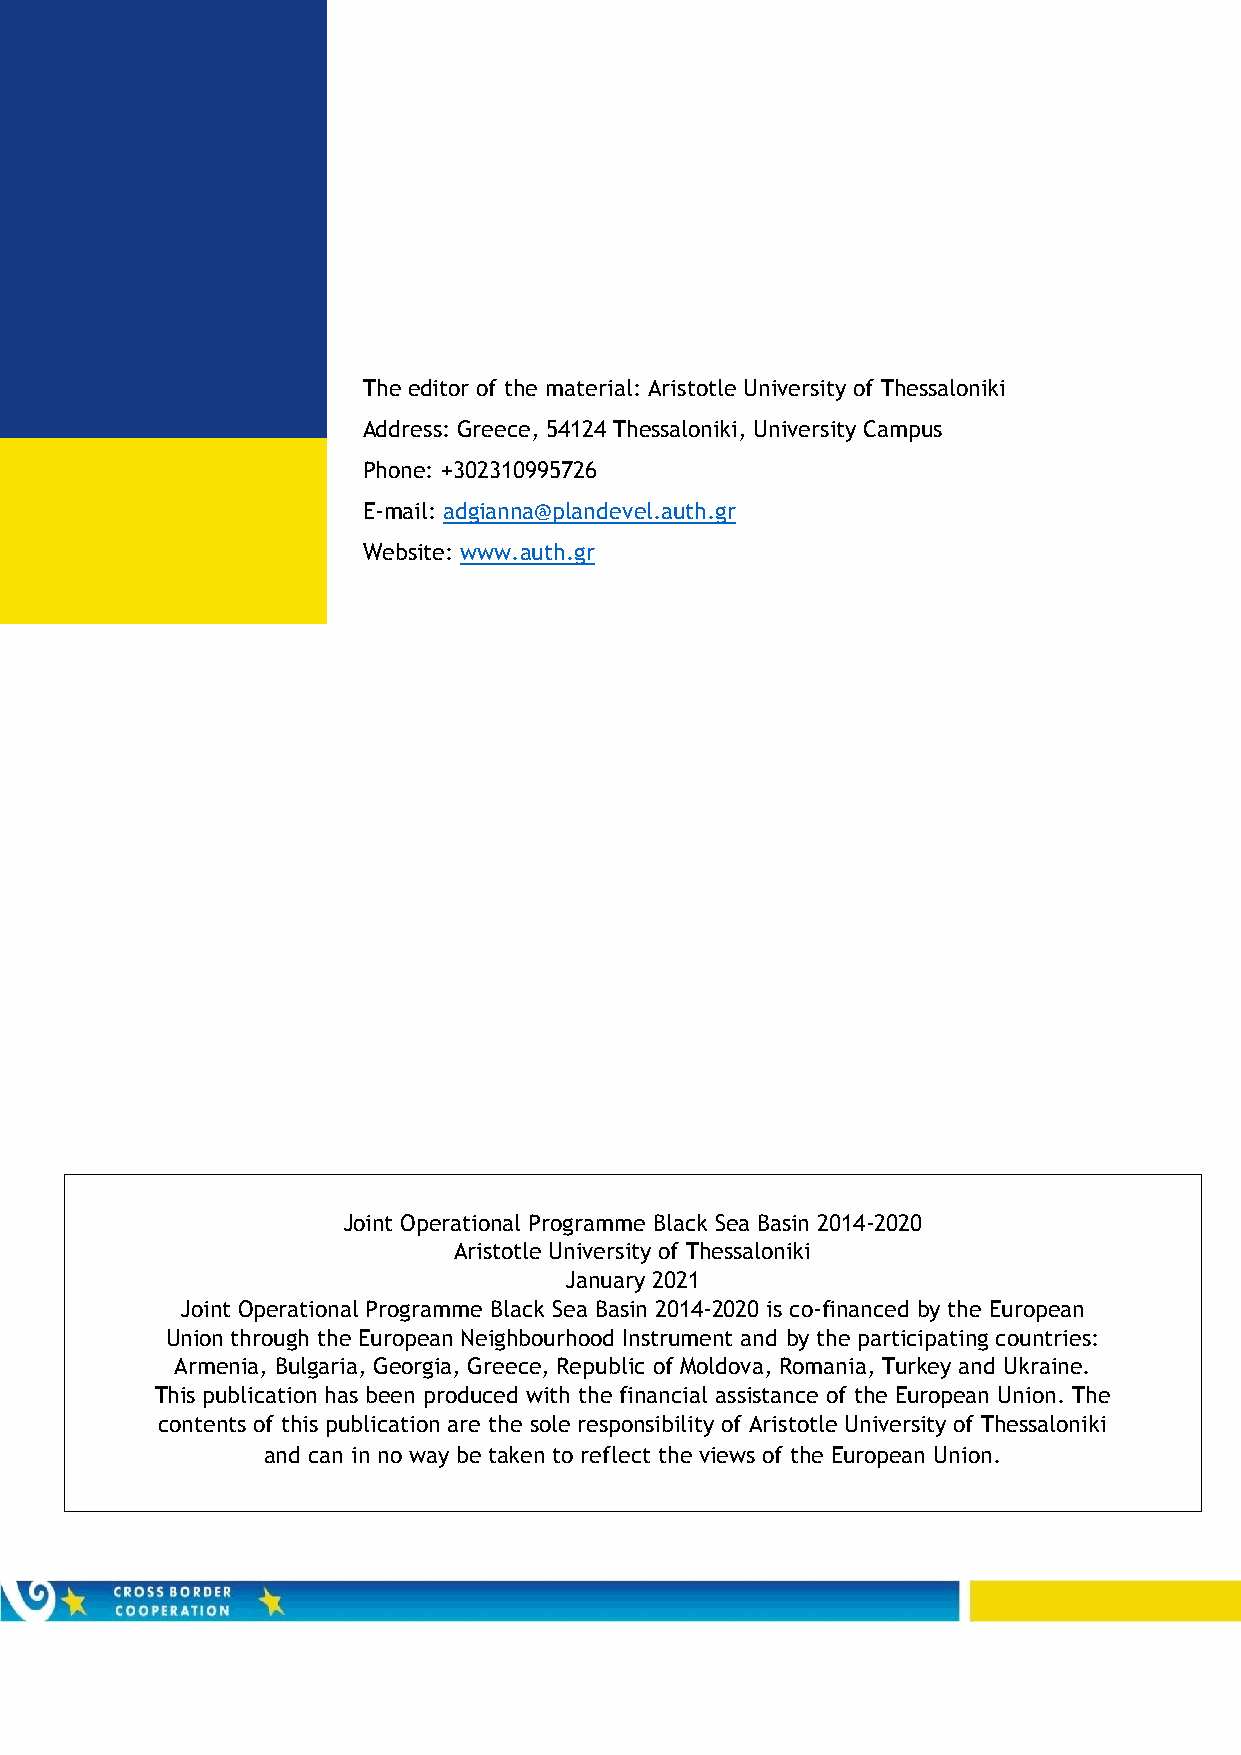
The editor of the material: Aristotle University of Thessaloniki
 Address: Greece, 54124 Thessaloniki, University Campus
 Phone: +302310995726
 E-mail: adgianna@plandevel.auth.gr
 Website: www.auth.gr
 Joint Operational Programme Black Sea Basin 2014-2020
 Aristotle University of Thessaloniki
 January 2021
 Joint Operational Programme Black Sea Basin 2014-2020 is co-financed by the European
 Union through the European Neighbourhood Instrument and by the participating countries:
 Armenia, Bulgaria, Georgia, Greece, Republic of Moldova, Romania, Turkey and Ukraine.
 This publication has been produced with the financial assistance of the European Union. The
 contents of this publication are the sole responsibility of Aristotle University of Thessaloniki
 and can in no way be taken to reflect the views of the European Union.